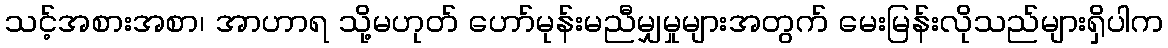
သင့်အစားအစာ၊ အာဟာရ သို့မဟုတ် ဟော်မုန်းမညီမျှမှုများအတွက် မေးမြန်းလိုသည်များရှိပါက